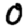
Digit: 0